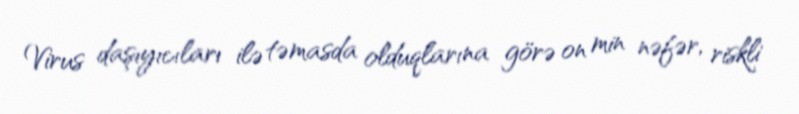
Virus daşıyıcıları ilə təmasda olduqlarına görə on min nəfər, riskli